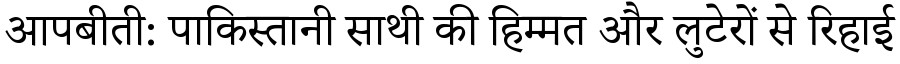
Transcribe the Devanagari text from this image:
आपबीती: पाकिस्तानी साथी की हिम्मत और लुटेरों से रिहाई